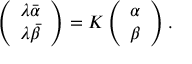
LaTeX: \left( \begin{array} { l } { { \lambda \bar { \alpha } } } \\ { { \lambda \bar { \beta } } } \end{array} \right) = K \left( \begin{array} { l } { { \alpha } } \\ { { \beta } } \end{array} \right) .